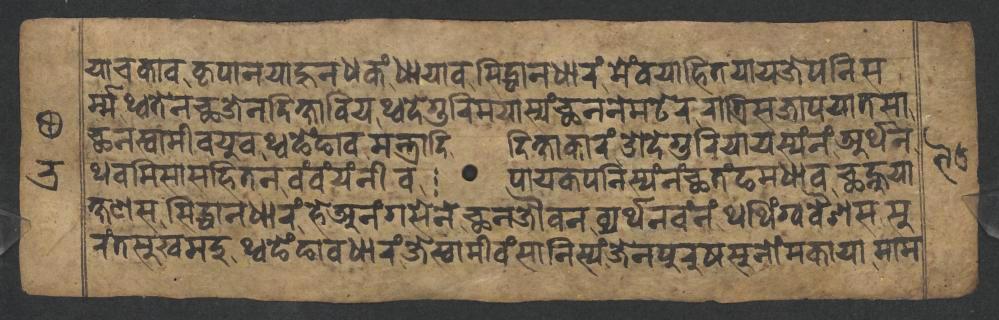
𑐫𑐵𑐫𑐎𑐵𑐰𑐎𑐺𑐥𑐵𑐣𑐫𑐵𑐴𑐸𑐣𑐢𑐎𑑄𑐢𑐵𑐫𑐵𑐰𑐳𑐶𑐡𑑂𑐢𑐵𑐣𑐢𑐵𑐬𑑄𑐩𑐾𑑄𑐰𑐫𑐵𑐴𑐶𑐟𑐫𑐵𑐫𑐖𑐾𑐥𑐣𑐶𑐳 𑐬𑑂𑐩𑑂𑐩𑐠𑑂𑐰𑐟𑐾𑐣𑐕𑐖𑐾𑐣𑐡𑐶𑐎𑑂𑐲𑐵𑐧𑐶𑐫𑐠𑑂𑐰𑐡𑐾𑐐𑐸𑐬𑐶𑐩𑐫𑐵𑐳𑑂𑐫𑑄𑐕𑐣𑐣𑐾𑐩𑐚𑐾𑐬𑐬𑐵𑐟𑑂𑐬𑐶𑐳𑐖𑐵𑐥𑐫𑐵𑐟𑐳𑐵 𑐕𑐣𑐳𑑂𑐰𑐵𑐩𑐷𑐰𑐫𑐸𑐰𑐠𑑂𑐰𑐒𑐾𑑄𑐒𑐵𑐰𑐩𑐣𑑂𑐟𑑂𑐬𑐵𑐡𑐶𑐡𑐶𑐎𑑂𑐲𑐵𑐎𑐵𑐬𑑄𑐌𑐡𑐾𑐐𑐸𑐬𑐶𑐫𑐵𑐫𑐳𑑂𑐫𑑄𑐣𑑄𑐀𑐬𑑂𑐠𑐣 𑐠𑐰𑐩𑐶𑐳𑐵𑐳𑐴𑐶𑐟𑐣𑐰𑑄𑐰𑑄𑐫𑑄𑐣𑐷𑐰𑐥𑐵𑐫𑐎𑐥𑐣𑐶𑐳𑑂𑐫𑑄𑐣𑑄𑐕𑐟𑑄𑐒𑐩𑐢𑐵𑐰𑐕𑐣𑑂𑐴𑐸𑐫𑐵 𑐎𑑂𑐲𑐞𑐳𑐳𑐶𑐡𑑂𑐢𑐵𑐣𑐢𑐵𑐬𑑄𑐴𑐾𑐀𑐣𑑄𑐐𑐳𑐾𑐣𑐾𑐕𑐣𑐖𑑁𑐰𑐣𑐰𑑂𑐫𑐬𑑂𑐠𑐣𑐰𑑄𑐣𑑄𑐠𑐠𑐶𑑄𑐐𑑂𑐰𑐰𑐿𑐱𑐳𑐳𑐸 𑐬𑑄𑐟𑐳𑐸𑐏𑐩𑐡𑐸𑐠𑑂𑐰𑐒𑐾𑑄𑐒𑐵𑐰𑐢𑐵𑐬𑑄𑐖𑐾𑐳𑑂𑐰𑐵𑐩𑐷𑐰𑑄𑐳𑐵𑐣𑐶𑐳𑑂𑐫𑑄𑐖𑐾𑐣𑐥𑐸𑐬𑐸𑐲𑐳𑐸𑐣𑑀𑑄𑐩𑐎𑐵𑐫𑐵𑐩𑐵𑐩